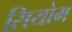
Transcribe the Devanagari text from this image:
सियोम